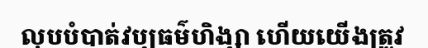
លុបបំបាត់វប្បធម៌ហិង្សា ហើយយើងត្រូវ